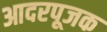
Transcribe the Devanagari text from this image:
आदरपूजक